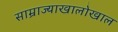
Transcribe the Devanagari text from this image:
साम्राज्याखालोखाल